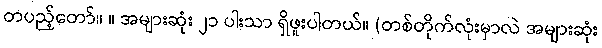
တပည့်တော်။ ။ အများဆုံး ၂၁ ပါးသာ ရှိဖူးပါတယ်။ (တစ်တိုက်လုံးမှာလဲ အများဆုံး